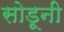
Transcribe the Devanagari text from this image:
सोडूनी